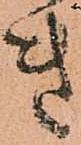
き